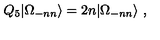
Q _ { 5 } | \Omega _ { - n n } \rangle = 2 n | \Omega _ { - n n } \rangle \ ,